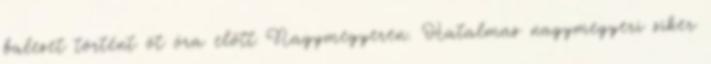
baleset történt öt óra előtt Nagymegyeren. Hatalmas nagymegyeri siker